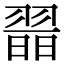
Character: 𦑾